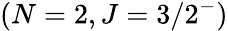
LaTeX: (N=2,J=3/2^{-})